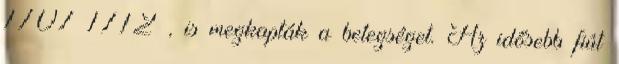
1707–1712 , is megkapták a betegséget. Az idősebb fiút